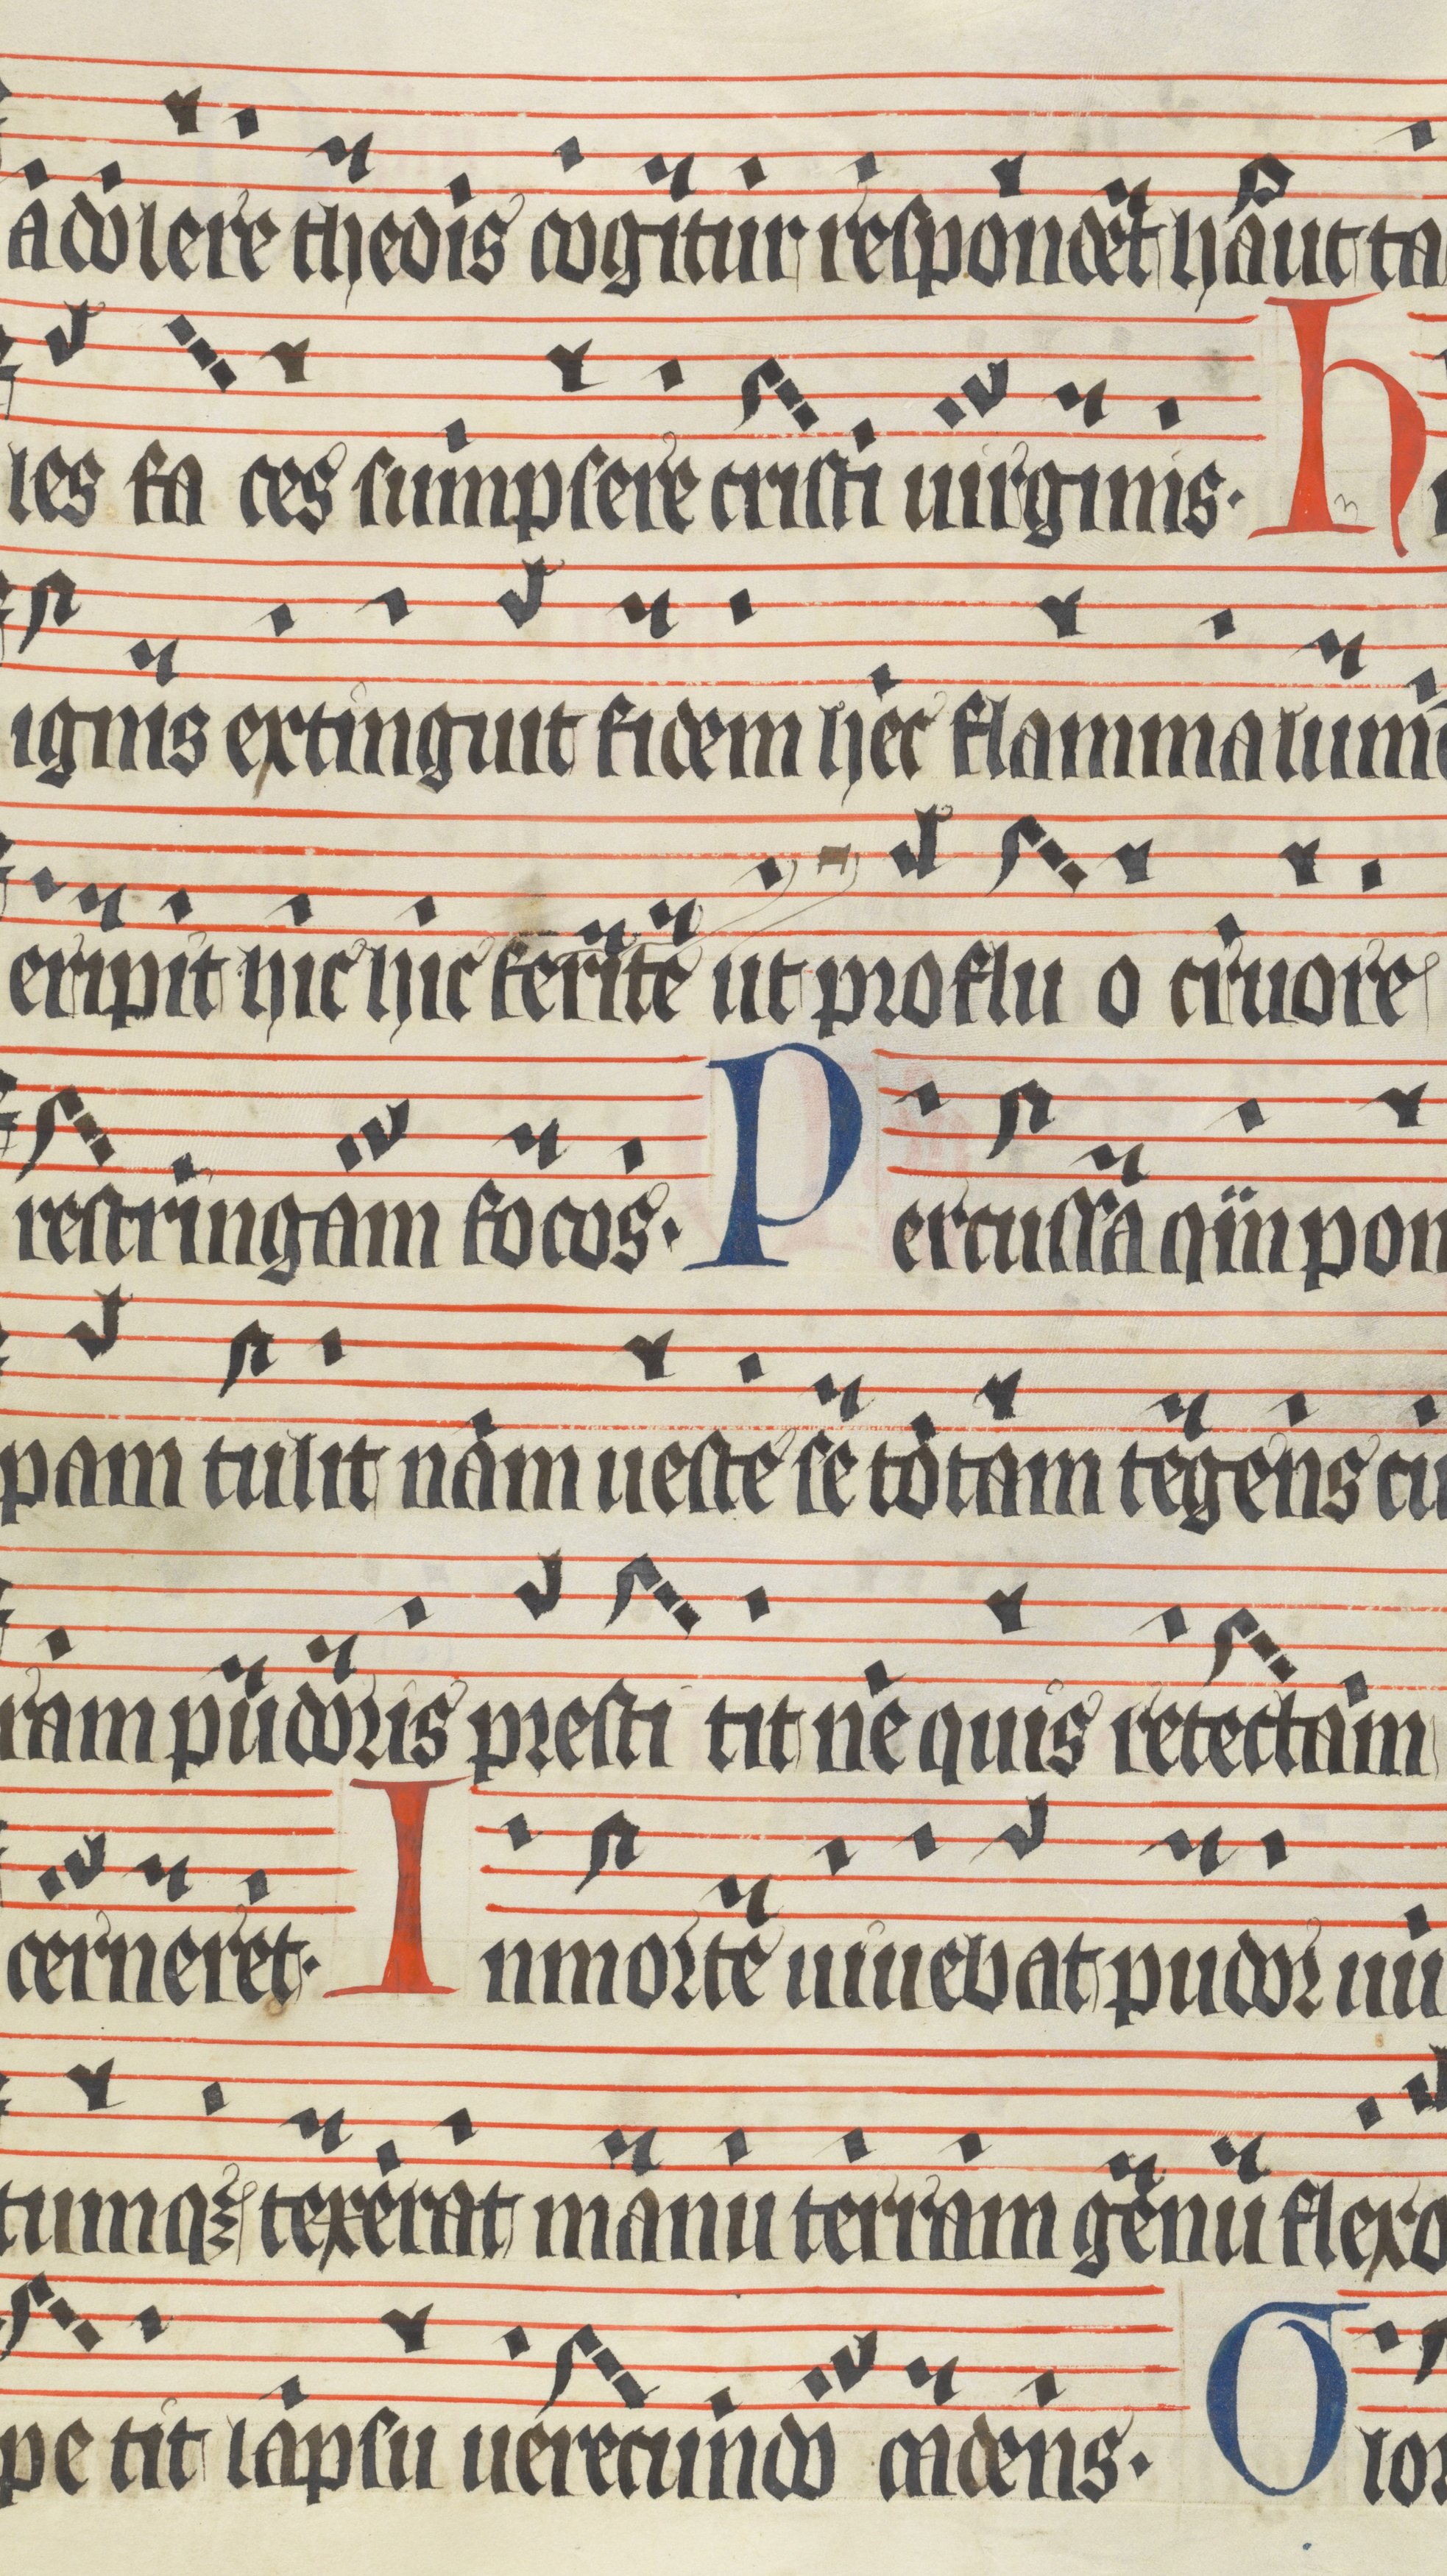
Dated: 1400–1499